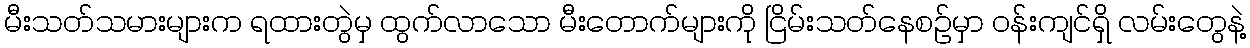
မီးသတ်သမားများက ရထားတွဲမှ ထွက်လာသော မီးတောက်များကို ငြိမ်းသတ်နေစဉ်မှာ ဝန်းကျင်ရှိ လမ်းတွေနဲ့